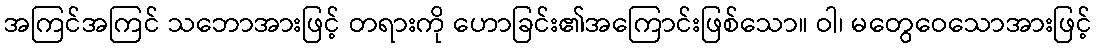
အကြင်အကြင် သဘောအားဖြင့် တရားကို ဟောခြင်း၏အကြောင်းဖြစ်သော။ ဝါ၊ မတွေဝေသောအားဖြင့်